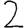
Digit: 2